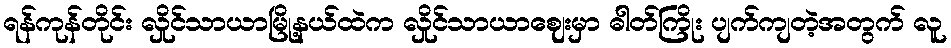
ရန်ကုန်တိုင်း လှိုင်သာယာမြို့နယ်ထဲက လှိုင်သာယာဈေးမှာ ဓါတ်ကြိုး ပျက်ကျတဲ့အတွက် လူ